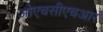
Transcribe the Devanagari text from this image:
ओएचसीएचआर